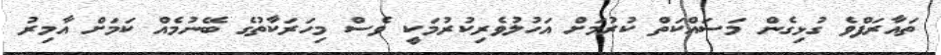
ތައާރަފްވެ ގުޅިގެން މަސައްކަތް ކުރުމަށް އަހުލުވެރިކުރުމަކީ ވެސް މިހަރަކާތުގެ ބޭނުމެއް ކަމަށް އާމިރު